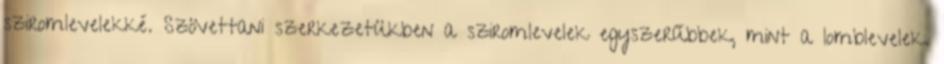
sziromlevelekké. Szövettani szerkezetükben a sziromlevelek egyszerűbbek, mint a lomblevelek.